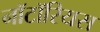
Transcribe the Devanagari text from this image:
नॉटॉरियस